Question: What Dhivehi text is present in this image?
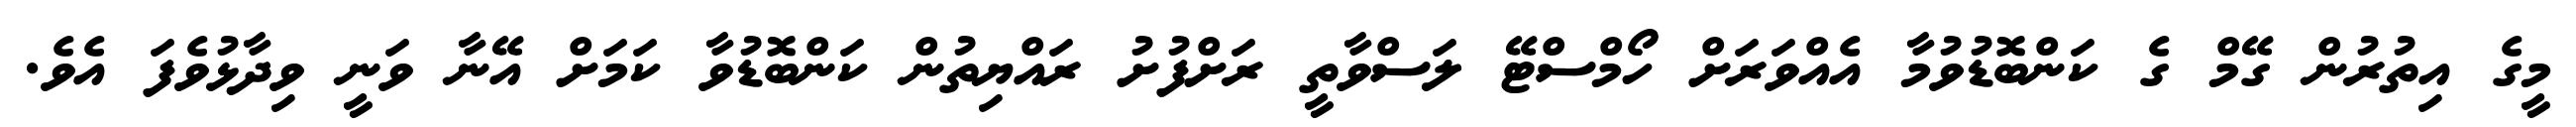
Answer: މީގެ އިތުރުން ގޭމް ގެ ކަންބޮޑުވުމާ އެއްވަރަށް ހޯމްސްޓޭ ލަސްވާތީ ރަށްފުށު ރައްޔިތުން ކަންބޮޑުވާ ކަމަށް އޭނާ ވަނީ ވިދާޅުވެފަ އެވެ.